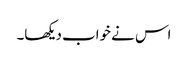
اس نے خواب دیکھا۔